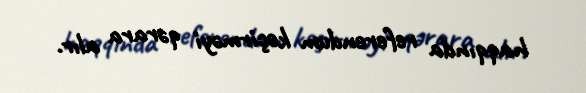
haqqında referendum keçirməyi qərara alır.